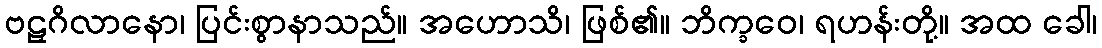
ဗဠှဂိလာနော၊ ပြင်းစွာနာသည်။ အဟောသိ၊ ဖြစ်၏။ ဘိက္ခဝေ၊ ရဟန်းတို့။ အထ ခေါ၊